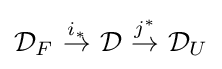
{\mathcal {D}}_{F}\ {\stackrel {i_{*}}{\to }}\ {\mathcal {D}}\ {\stackrel {j^{*}}{\to }}\ {\mathcal {D}}_{U}